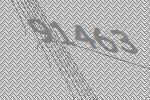
91463